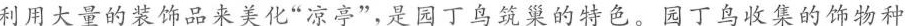
利用大量的装饰品来美化”凉亭”，是园丁鸟筑巢的特色。园丁鸟收集的饰物种